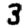
Digit: 3